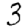
Digit: 3